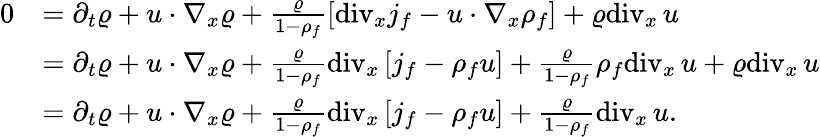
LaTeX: \begin{array}{rl}{0}&{=\partial_{t}\varrho+u\cdot\nabla_{x}\varrho+\frac{\varrho}{1-\rho_{f}}\left[\mathrm{div}_{x}j_{f}-u\cdot\nabla_{x}\rho_{f}\right]+\varrho\mathrm{div}_{x}\, u}\\ &{=\partial_{t}\varrho+u\cdot\nabla_{x}\varrho+\frac{\varrho}{1-\rho_{f}}\mathrm{div}_{x}\left[j_{f}-\rho_{f}u\right]+\frac{\varrho}{1-\rho_{f}}\rho_{f}\mathrm{div}_{x}\, u+\varrho\mathrm{div}_{x}\, u}\\ &{=\partial_{t}\varrho+u\cdot\nabla_{x}\varrho+\frac{\varrho}{1-\rho_{f}}\mathrm{div}_{x}\left[j_{f}-\rho_{f}u\right]+\frac{\varrho}{1-\rho_{f}}\mathrm{div}_{x}\, u.}\end{array}